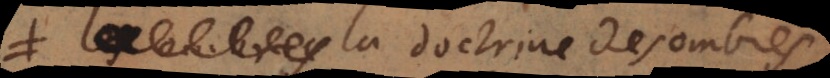
La doctrine des ombres